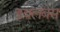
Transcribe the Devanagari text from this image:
डबलबेस